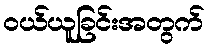
ဝယ်ယူခြင်းအတွက်